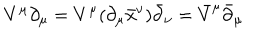
LaTeX: V ^ { \mu } \partial _ { \mu } = V ^ { \mu } ( \partial _ { \mu } { \bar { x } } ^ { \nu } ) \bar { \partial } _ { \nu } = { \bar { V } } ^ { \mu } { \bar { \partial } } _ { \mu }